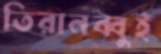
তিরানব্বুই